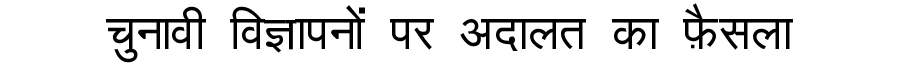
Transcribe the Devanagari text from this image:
चुनावी विज्ञापनों पर अदालत का फ़ैसला